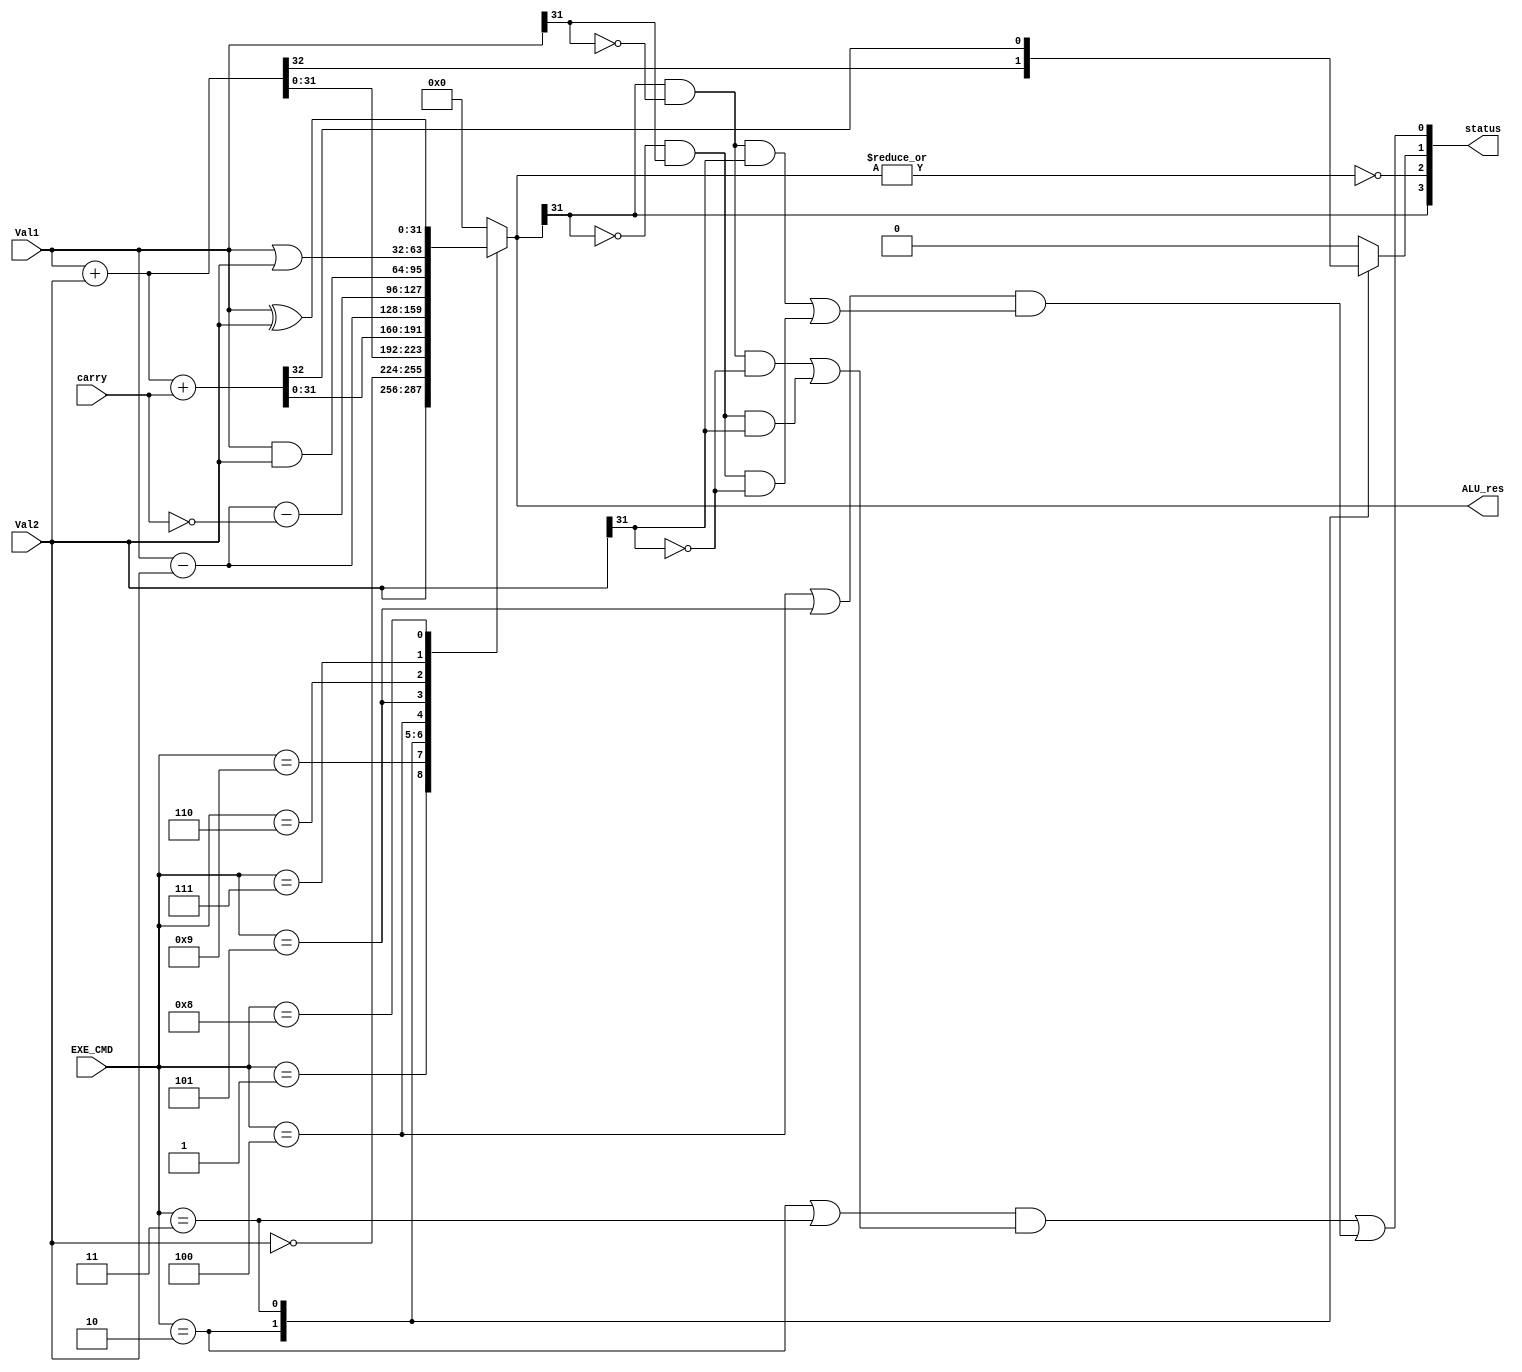
module ALU(
    input carry,
    input[3:0] EXE_CMD,
    input[31:0]Val1,Val2,
    output reg[31:0]ALU_res,
    output reg[3:0]status
);

reg carry1,ncarry;

always@(*)begin
    ALU_res=32'd0;
    carry1=1'b0;
    ncarry=~carry;
    case(EXE_CMD)
        4'd1: ALU_res=Val2;
        4'd9: ALU_res=~Val2;
        4'd2: {carry1,ALU_res}=Val1+Val2;
        4'd3: {carry1,ALU_res}=Val1+Val2+carry;
        4'd4: ALU_res=Val1-Val2;
        4'd5: ALU_res=Val1-Val2-(ncarry);
        4'd6: ALU_res=Val1&Val2;
        4'd7: ALU_res=Val1|Val2;
        4'd8: ALU_res=Val1^Val2;
    endcase
end

always@(ALU_res)begin
    status=4'd0;
    status[0] = ((EXE_CMD==4'd2|EXE_CMD==4'd3)&((ALU_res[31]&~Val1[31]&~Val2[31])|(~ALU_res[31]&Val1[31]&Val2[31])))|((EXE_CMD==4'd4|EXE_CMD==4'd5)&((ALU_res[31]&~Val1[31]&Val2[31])|(~ALU_res[31]&Val1[31]&~Val2[31])));
    status[1] = carry1;
    status[2] = ~(|ALU_res);
    status[3] = ALU_res[31];
end

endmodule